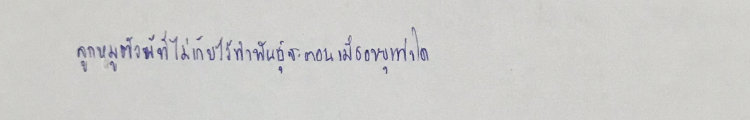
ลูกหมูตัวผู้ที่ไม่เก็บไว้ทำพันธุ์จะตอนเมื่ออายุเท่าใดก็ได้